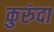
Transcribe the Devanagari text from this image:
कुरुंदा